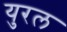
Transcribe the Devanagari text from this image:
युरल